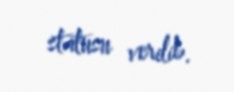
statusu verilib.